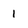
Character: 1